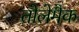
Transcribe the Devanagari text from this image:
तोलेमैक